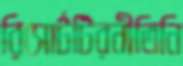
রিসোর্টটিরনীতিনি